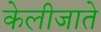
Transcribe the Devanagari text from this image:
केलीजाते